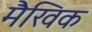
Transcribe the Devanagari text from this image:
मैखिक